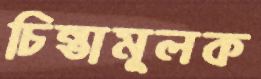
চিন্তামূলক